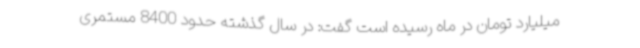
میلیارد تومان در ماه رسیده است گفت: در سال گذشته حدود 8400 مستمری